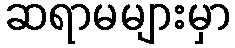
ဆရာမများမှာ